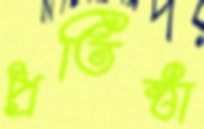
প্রতিষ্ঠা